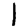
Digit: 1